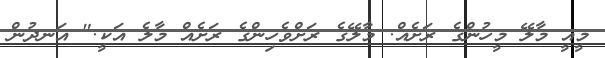
މީއީ މާލޭ މީހުންގެ ރަށެއް. މާލޭގެ ރަށްވެހިންގެ ރަށެއް މާލެ އަކީ." އަނދުން